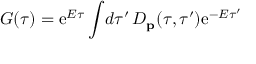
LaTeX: G ( \tau ) = \mathrm { e } ^ { E \tau } \int \! d \tau ^ { \prime } \, { \cal D } _ { \bf p } ( \tau , \tau ^ { \prime } ) \mathrm { e } ^ { - E \tau ^ { \prime } }